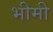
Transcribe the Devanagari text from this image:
भीमी